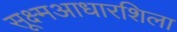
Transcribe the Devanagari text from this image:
सूक्ष्मआधारशिला